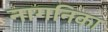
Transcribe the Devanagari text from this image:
नागनिका